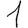
Digit: 1